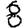
Digit: 8